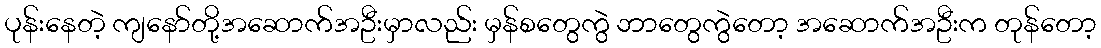
ပုန်းနေတဲ့ ကျနော်တို့အဆောက်အဦးမှာလည်း မှန်စတွေကွဲ ဘာတွေကွဲတော့ အဆောက်အဦးက တုန်တော့